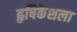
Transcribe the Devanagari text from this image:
हृषिकेशला